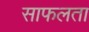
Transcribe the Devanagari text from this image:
साफलता